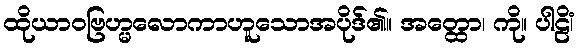
ထိုယာဝဗြဟ္မလောကာဟူသောအပိုဒ်၏။ အတ္ထော၊ ကို။ ပါဠိံ၊